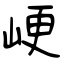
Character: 峺